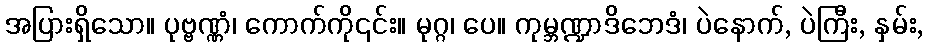
အပြားရှိသော။ ပုဗ္ဗဏ္ဏံ၊ ကောက်ကို၎င်း။ မုဂ္ဂ၊ ပေ။ ကုမ္ဘဏ္ဍာဒိဘေဒံ၊ ပဲနောက်, ပဲကြီး, နှမ်း,